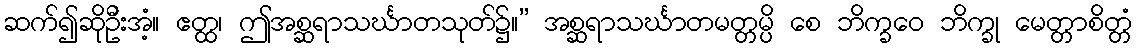
ဆက်၍ဆိုဦးအံ့။ ဧတ္ထ၊ ဤအစ္ဆရာသင်္ဃာတသုတ်၌။” အစ္ဆရာသင်္ဃာတမတ္တမ္ပိ စေ ဘိက္ခဝေ ဘိက္ခု မေတ္တာစိတ္တံ